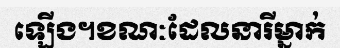
ឡើង។ខណៈដែលនារីម្នាក់